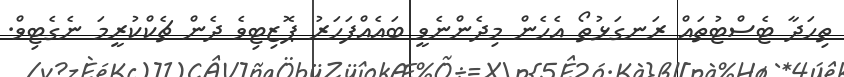
ތިހަދާ ޓެސްޓުތައް ރަނގަޅުތޯ އެހެން މިދެންނެވީ ބައެއްފަހަރު ޕޮޒިޓިވެ ދެން ޗެކްކުރީމަ ނެގެޓިވް.